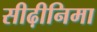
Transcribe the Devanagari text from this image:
सीढ़ीनिमा